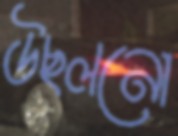
উছলনো